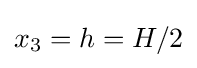
x_{3}=h=H/2